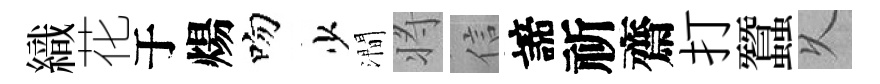
織花于煬吻少澗将信諦祈齋打蠶乆